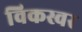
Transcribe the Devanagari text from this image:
विकस्वर